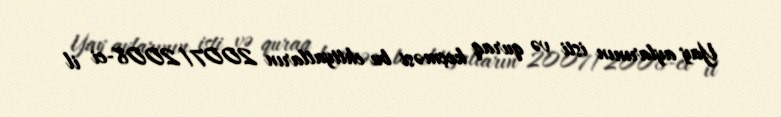
Yay aylarının isti və quraq keçməsi bu ehtiyatların 2007/2008-ci il